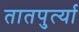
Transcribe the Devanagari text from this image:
तातपुर्त्या